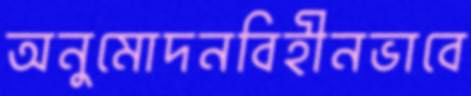
অনুমোদনবিহীনভাবে